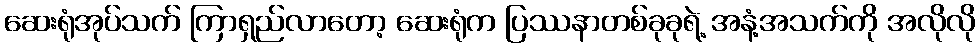
ဆေးရုံအုပ်သက် ကြာရှည်လာတော့ ဆေးရုံက ပြဿနာတစ်ခုခုရဲ့ အနံ့အသက်ကို အလိုလို